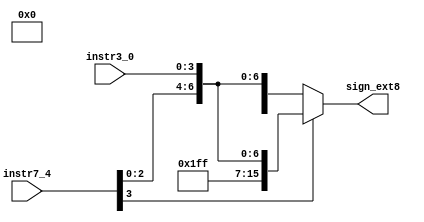
/*************************************************************
Design Name 	: 
File Name   	: .v
Function    	: 
Coder		    	: 
Last Modified	: 
*************************************************************/

module signextender(instr7_4,instr3_0,sign_ext8);
	input [3:0] instr7_4,instr3_0;
	output [15:0] sign_ext8;

	reg [15:0] sign_ext8;
	wire [7:0] A,B;
	wire [7:0] in;

	assign in={instr7_4,instr3_0};
	assign A=8'b11111111;
	assign B=8'b00000000;

	always @ (in)
	begin
		if (in[7]==0)//use the msb to determine extension bits
			sign_ext8={B,in};
		else
			sign_ext8={A,in};
	end

endmodule